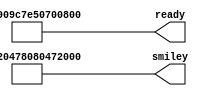
module end_24 (
    output reg [63:0] smiley,
    output reg [63:0] ready
  );
  
  
  
  always @* begin
    smiley[0+7-:8] = 8'h10;
    smiley[8+7-:8] = 8'h20;
    smiley[16+7-:8] = 8'h47;
    smiley[24+7-:8] = 8'h80;
    smiley[32+7-:8] = 8'h80;
    smiley[40+7-:8] = 8'h47;
    smiley[48+7-:8] = 8'h20;
    smiley[56+7-:8] = 8'h10;
    ready[0+7-:8] = 8'h38;
    ready[8+7-:8] = 8'h08;
    ready[16+7-:8] = 8'h70;
    ready[24+7-:8] = 8'h50;
    ready[32+7-:8] = 8'h7e;
    ready[40+7-:8] = 8'h9c;
    ready[48+7-:8] = 8'h90;
    ready[56+7-:8] = 8'hfc;
  end
endmodule